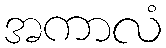
အကာလံ